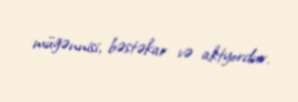
müğənnisi, bəstəkar və aktyordur.